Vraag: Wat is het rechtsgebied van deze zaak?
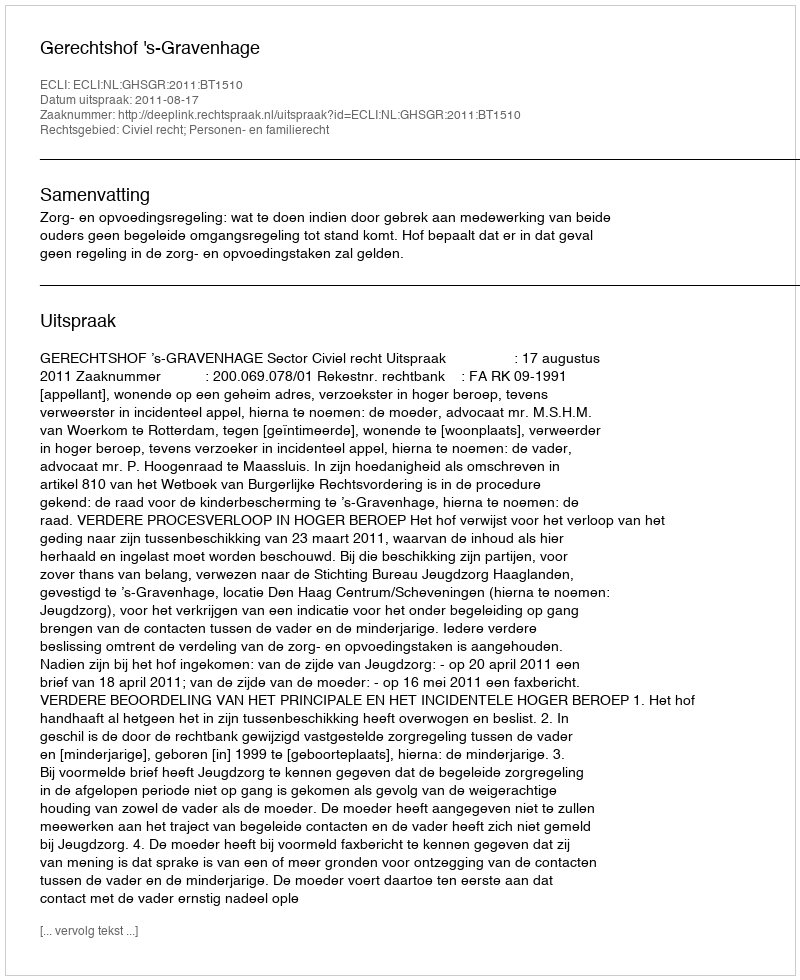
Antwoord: Civiel recht; Personen- en familierecht